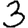
Digit: 3